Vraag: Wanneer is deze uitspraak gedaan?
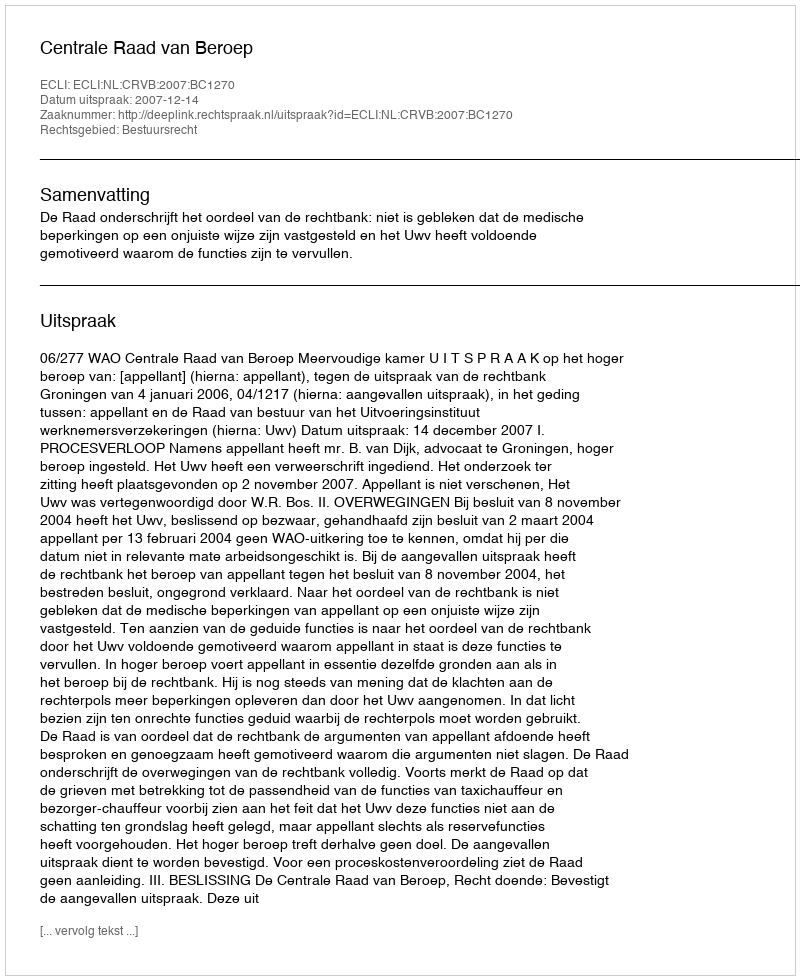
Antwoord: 2007-12-14